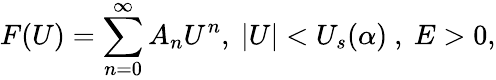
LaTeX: F(U)=\sum_{n=0}^{\infty}{A}_{n}U^{n},~|U|<U_{s}(\alpha)~,~E>0,